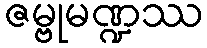
ဇမ္ဗုမဏ္ဍဿ